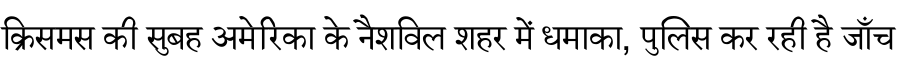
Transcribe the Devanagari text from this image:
क्रिसमस की सुबह अमेरिका के नैशविल शहर में धमाका, पुलिस कर रही है जाँच